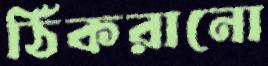
ঠিকরানো